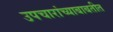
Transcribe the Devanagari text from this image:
उपचारांच्याबाबतीत